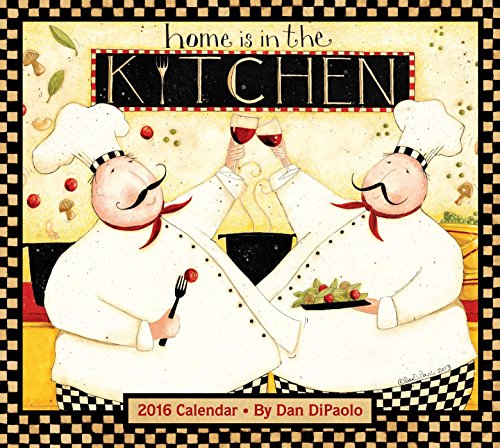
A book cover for Home Is in the Kitchen 2016 Deluxe Wall Calendar; Dan DiPaolo; Calendars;